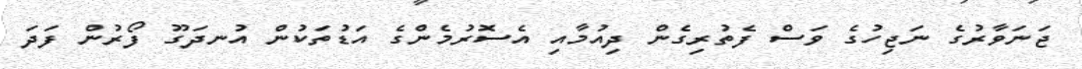
ޖަނަވާރުގެ ނަޖިހުގެ ވަސް ފެތުރިގެން ދިއުމާއި އެސޮރުމެންގެ އަޑުތަކުން އުނދަގޫ ފޯރުން ފަދަ